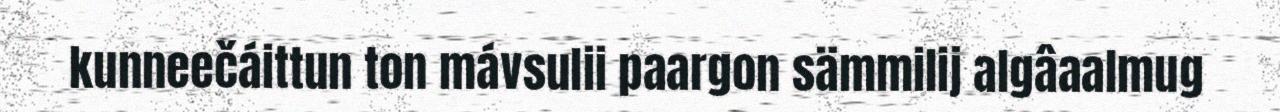
kunneečáittun ton mávsulii paargon sämmilij algâaalmug